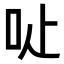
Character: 𠯬